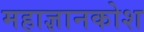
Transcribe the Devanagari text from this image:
महाज्ञानकोश